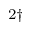
^ { 2 \dagger }